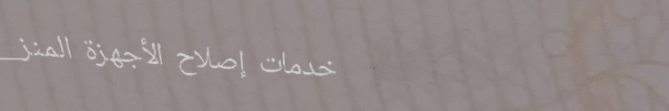
خدمات إصلاح الأجهزة المنز